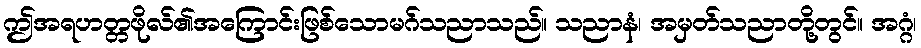
ဤအရဟတ္တဖိုလ်၏အကြောင်းဖြစ်သောမဂ်သညာသည်။ သညာနံ၊ အမှတ်သညာတို့တွင်။ အဂ္ဂံ၊